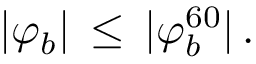
| \varphi _ { b } | \, \leq \, | \varphi _ { b } ^ { 6 0 } | \, .